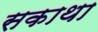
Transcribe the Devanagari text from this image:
सकाथा